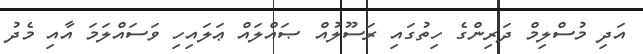
އަދި މުސްލިމް ދަރިންގެ ހިތުގައި ރަސޫލުއް ޞައްލައް ޢަލައިހި ވަސައްލަމަ އާއި މެދު